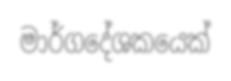
මාර්ගදේශකයෙක්